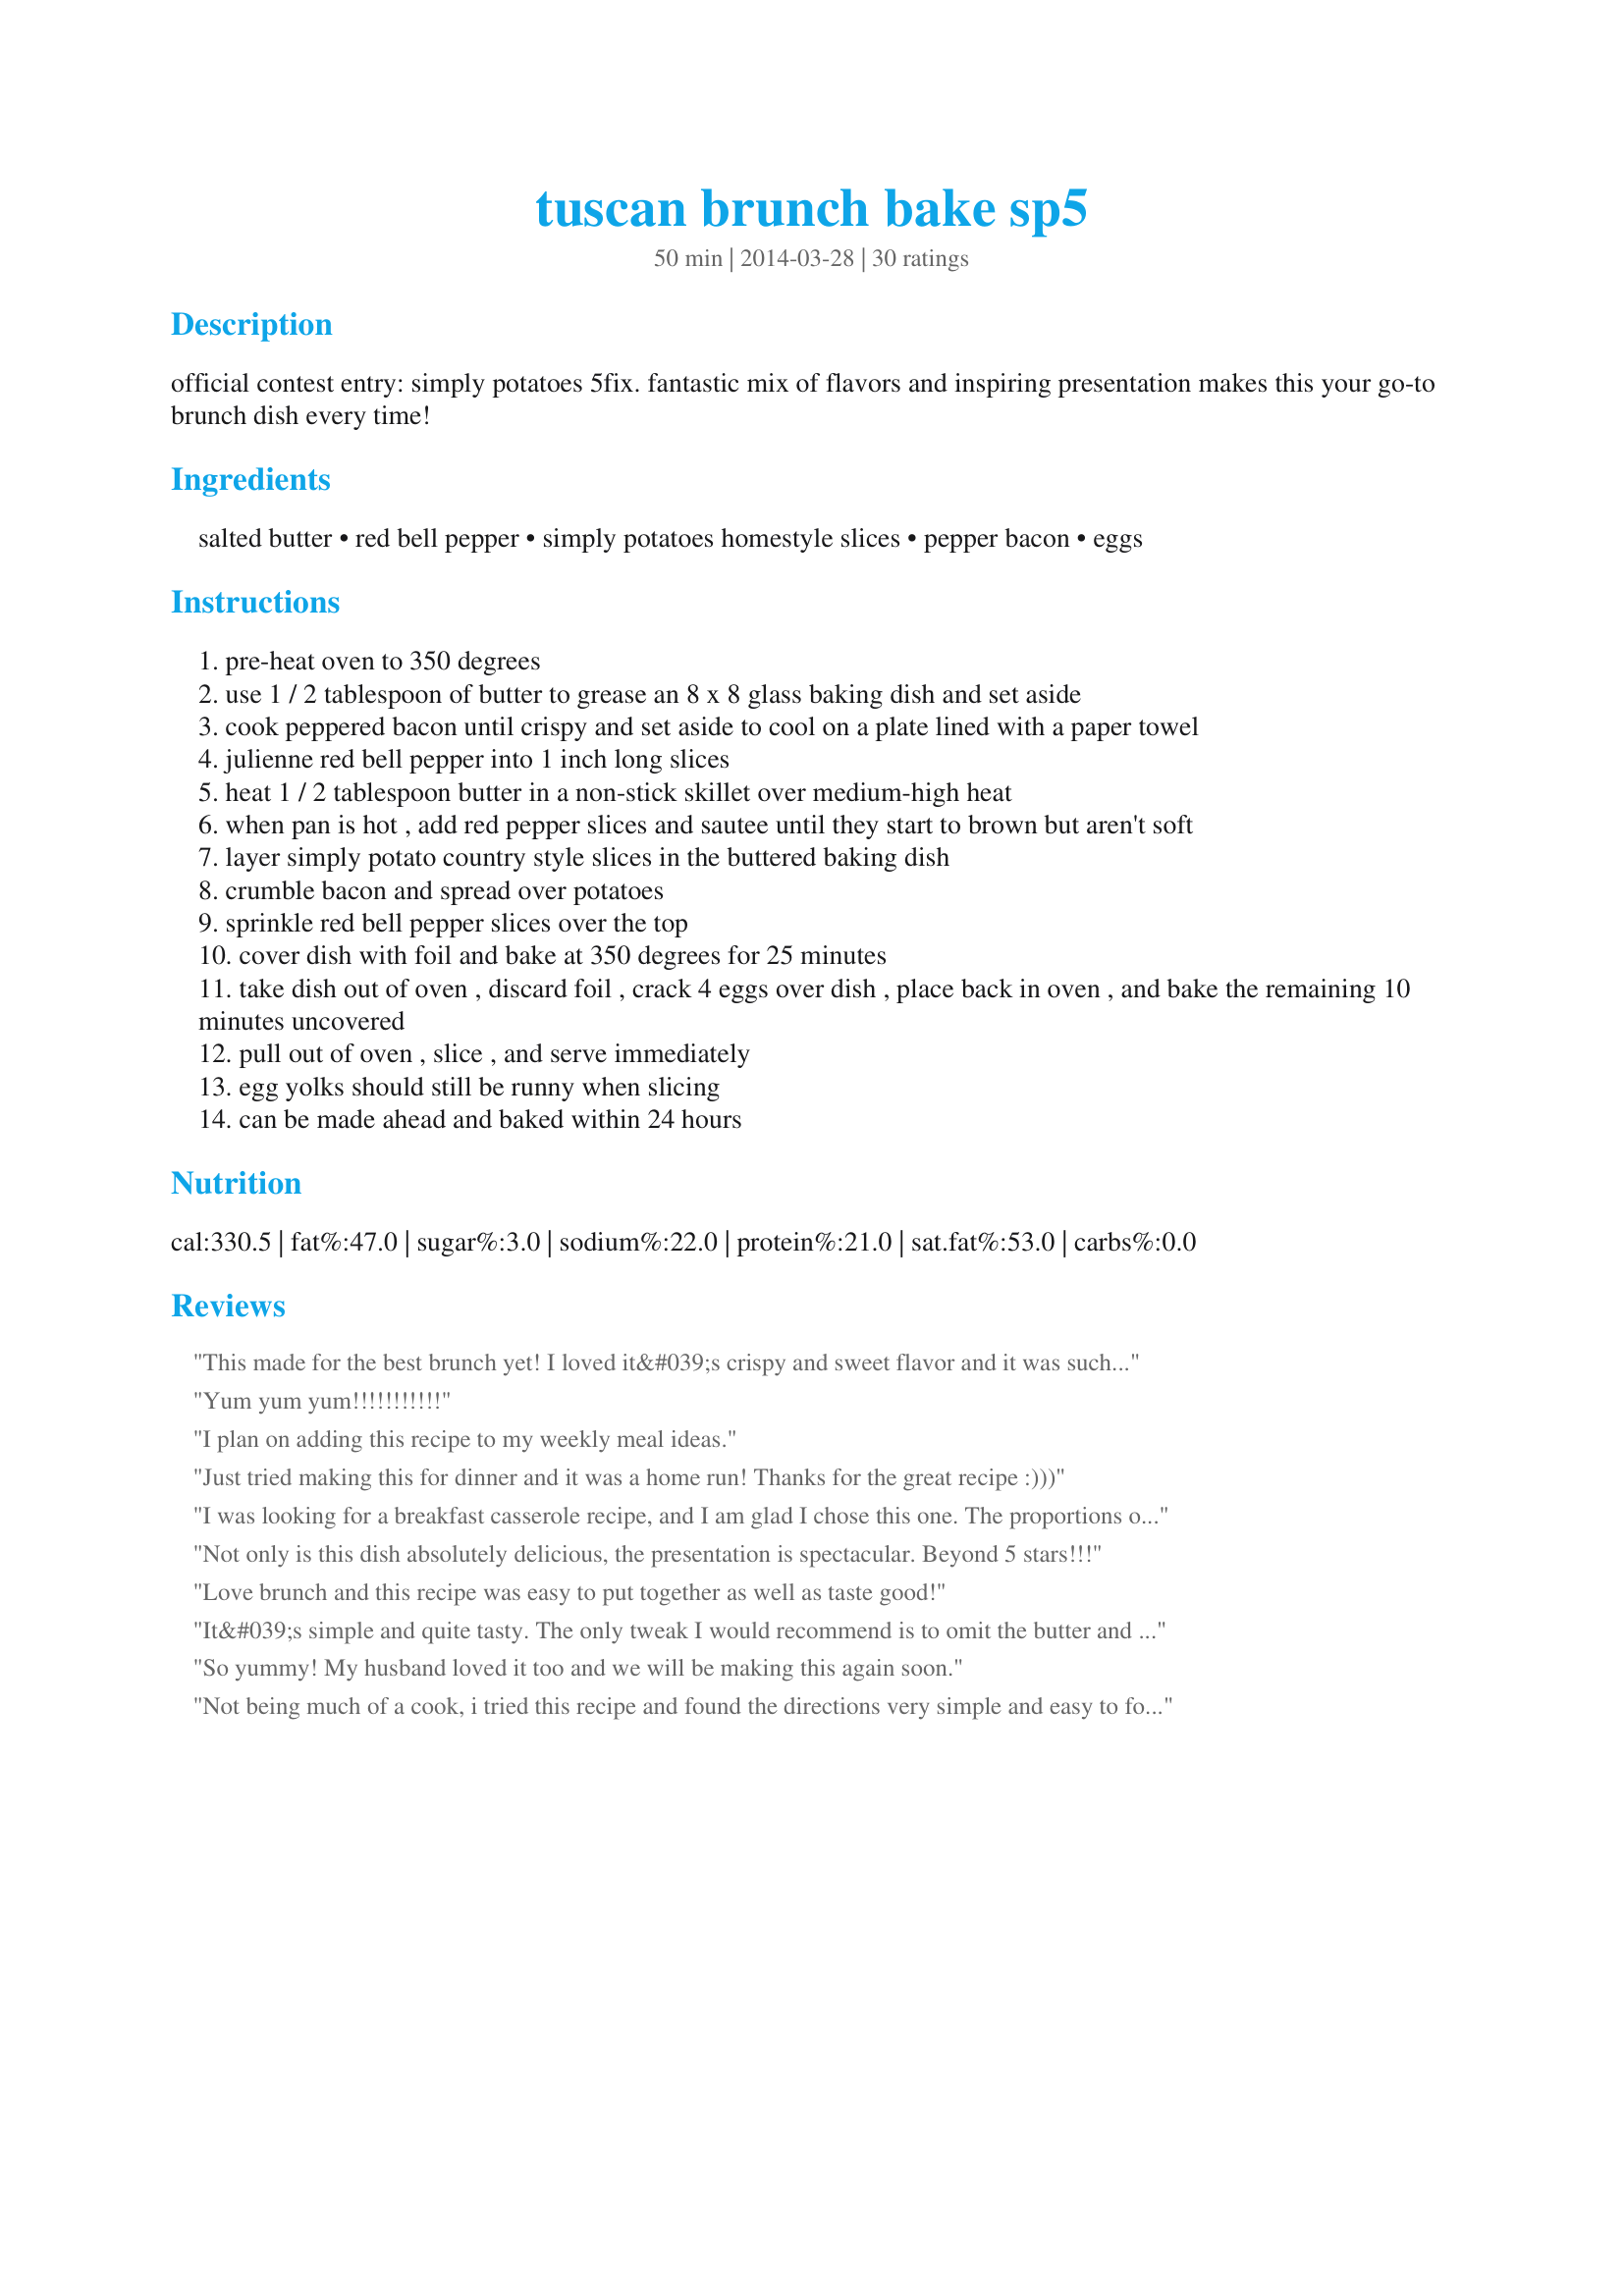
tuscan brunch bake sp5
Preparation time: 50 minutes

official contest entry: simply potatoes 5fix. fantastic mix of flavors and inspiring presentation makes this your go-to brunch dish every time!

Ingredients:
salted butter, red bell pepper, simply potatoes homestyle slices, pepper bacon, eggs

Steps:
pre-heat oven to 350 degrees
use 1 / 2 tablespoon of butter to grease an 8 x 8 glass baking dish and set aside
cook peppered bacon until crispy and set aside to cool on a plate lined with a paper towel
julienne red bell pepper into 1 inch long slices
heat 1 / 2 tablespoon butter in a non-stick skillet over medium-high heat
when pan is hot , add red pepper slices and sautee until they start to brown but aren't soft
layer simply potato country style slices in the buttered baking dish
crumble bacon and spread over potatoes
sprinkle red bell pepper slices over the top
cover dish with foil and bake at 350 degrees for 25 minutes
take dish out of oven , discard foil , crack 4 eggs over dish , place back in oven , and bake the remaining 10 minutes uncovered
pull out of oven , slice , and serve immediately
egg yolks should still be runny when slicing
can be made ahead and baked within 24 hours

Reviews:
This made for the best brunch yet! I loved it&#039;s crispy and sweet flavor and it was such an easy recipe to follow. Delicious!
Yum yum yum!!!!!!!!!!!
I plan on adding this recipe to my weekly meal ideas.
Just tried making this for dinner and it was a home run! Thanks for the great recipe :)))
I was looking for a breakfast casserole recipe, and I am glad I chose this one. The proportions of eggs, potatoes, and bacon were just right.
Not only is this dish absolutely delicious, the presentation is spectacular. Beyond 5 stars!!!
Love brunch and this recipe was easy to put together as well as taste good!
It&#039;s simple and quite tasty. The only tweak I would recommend is to omit the butter and use the bacon fat to cook the peppers in. That way you could add some smoked provolone or Parmesan and still keep it to 5 ingredients. It&#039;s a solid base to build from if you are open to using more than 5 ingredients.
So yummy! My husband loved it too and we will be making this again soon.
Not being much of a cook, i tried this recipe and found the directions very simple and easy to follow. The result was beyond expectations -- delicious and a hit with my friends! Will definitely make this again.
Big fan of brunch. Loved this recipe and how the yolk stayed nice and runny when you cut into it. I made it this morning and was a little fearful of only having 5 ingredients but my family and I were quite pleased. It had everything we normally eat (potatoes, eggs over easy, bacon) all in one delicious dish....my kids even ate the yummy red peppers! Creative and fun! Will be making this again!
As someone who loves potatoes and bacon, this recipe was fantastic! Plus the addition of the egg really makes for a tasty treat. I tried this at a potluck and everyone loved it! I will definitely make this again in the future!
This was a very tasty Sunday breakfast. My son loved it and so did I. The Simply Potato slices made this quicker and easier. Thank you, we will try this again for sure!
This recipe took a little more time and effort but it was well worth the effort. I my wife and a close friend really enjoyed this recipe and would highly recommend it to other. it was an excellent blend of ingredients that turned out quite well.
I&#039;m a definite egg lover, and this recipe is right up my alley!&lt;br/&gt;The tasty combo of the eggs with the potatoes is a great meal, no matter what time of the day. &lt;br/&gt;As a breakfast lover, I tend to lean towards a early morning meal for this recipe, but I could definitely see myself eating it whenever! Bravo!
This was so amazing and easy to make. My family loved it and it will be a favorite in our house.
Delicious recipe. Have to try this.
Are there really words to describe this taste sensation? Yes, here are some: crunchy, salty, sweet, smokey, rich, damn-fine, yee-haw! I made two alterations because I can&#039;t resist tinkering: a little granulated garlic sprinkled over the potatoes and some cheese. Everything needs garlic and cheese because this is America, damn it! I opted for Havarti, not because it was the best choice but it WAS what I had in the fridge.
My kids rarely ever agree on anything I serve them. All 3 loved this and asked me to make it again. Preparation was easy and the results were fantastic.
I don&#039;t like cooking, and rarely spend time in the kitchen following recipes. That being said, this recipe is so easy to follow and yields the most delicious food ever! My family couldn&#039;t believe that I had made this myself, and I was very pleased! Five stars!
This recipe is so easy and delicious! An impressive brunch dish that takes minimal effort and just a few ingredients that I almost always have on hand. I will be using this one again and again.
Easy to make low carb meal. Thank you.
Amazing. I live by myself and I usually cook a big batch that allows for leftovers. This recipe is quick, easy and delicious.
You like potatoes and you like eggs put them together in this bake and die happy and fulfilled!
I helped my dad make this delicious recipe for breakfast this morning. I like helping cook and this was pretty easy, and very yummy!
Great for breakfast, lunch or dinner!
This is more than breakfast or brunch --- great for any time of day --- a quick and easy dinner w/tastes that blend very well together!!!
This made a delicious Monday brunch. I am not much of the cooker, but had all the ingredients already in my kitchen, so i could not have said no. and boy am i happy that i didn&#039;t. My kids were actually impressed and pleased. totally will be using this again!
So delicious! Easy and quick to make, which is always a plus for me!
Oh. My. Goodness.&lt;br/&gt;&lt;br/&gt;I made this last night for my darling, and it was epic! I plan to try this often in the future with perhaps just a few tweaks/experiments. Thanks!!
